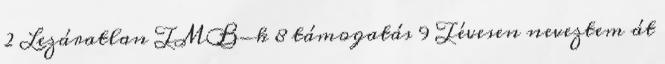
2 Lezáratlan TMB-k 8 támogatás 9 Tévesen neveztem át